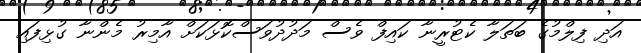
އަދި ފިލްމުގެ ބަތަލާ ކެޓުރީނާ ކައިފް ވެސް މަދުދުވަސްކޮޅަކަށް އާމިރު މެންނާ ގުޅިފައި